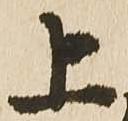
上